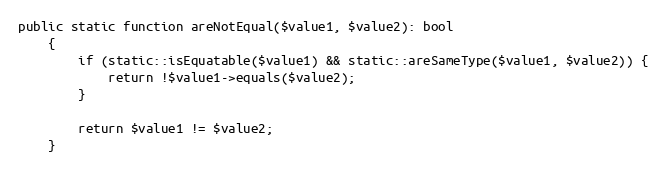
Language: PHP
public static function areNotEqual($value1, $value2): bool
    {
        if (static::isEquatable($value1) && static::areSameType($value1, $value2)) {
            return !$value1->equals($value2);
        }

        return $value1 != $value2;
    }